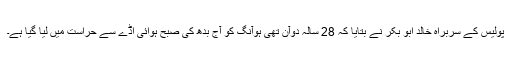
پولیس کے سربراہ خالد ابو بکر نے بتایا کہ 28 سالہ دوآن تھی ہوآنگ کو آج بدھ کی صبح ہوائی اڈے سے حراست میں لیا گیا ہے۔